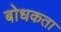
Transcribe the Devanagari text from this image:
बोधकता